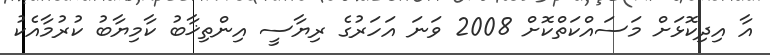
އާ އިދިކޮޅަށް މަސައްކަތްކޮށް 2008 ވަނަ އަހަރުގެ ރިޔާސީ އިންތިޚާބު ކާމިޔާބު ކުރުމާއެކު